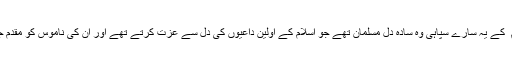
صحابہ کرام ؓ کے یہ سارے سپاہی وہ سادہ دل مسلمان تھے جو اسلام کے اولین داعیوں کی دل سے عزت کرتے تھے اور ان کی ناموس کو مقدم جانتے تھے ۔